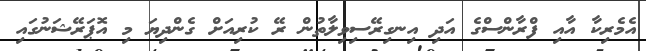
އެމެރިކާ އާއި ފްރާންސްގެ އަދި އިނގިރޭސިވިލާތުން ރޭ ކުރިއަށް ގެންދިޔަ މި އޮޕަރޭޝަނުގައި